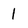
Character: 1